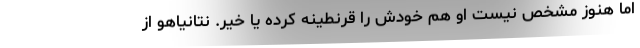
اما هنوز مشخص نیست او هم خودش را قرنطینه کرده یا خیر. نتانیاهو از